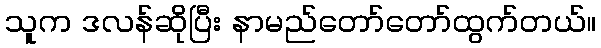
သူက ဒလန်ဆိုပြီး နာမည်တော်တော်ထွက်တယ်။